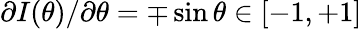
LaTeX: {\partial I(\theta)}/{\partial\theta}=\mp\sin\theta\in[-1,+1]